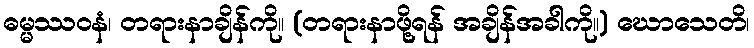
ဓမ္မဿဝနံ၊ တရားနာချိန်ကို။ (တရားနာဖို့ရန် အချိန်အခါကို။) ဃောသေတိ၊